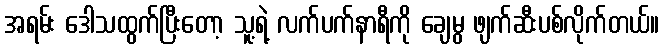
အရမ်း ဒေါသထွက်ပြီးတော့ သူ့ရဲ့ လက်ပက်နာရီကို ချေမွ ဖျက်ဆီးပစ်လိုက်တယ်။